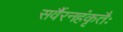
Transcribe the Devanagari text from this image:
सर्वैरनहंकृतैः